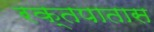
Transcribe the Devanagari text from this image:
रक्तपातास